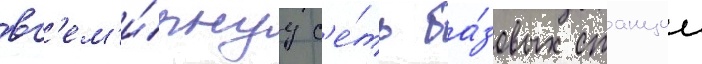
вс'ем'и́рнуу с'е́ть ба́зовых станции